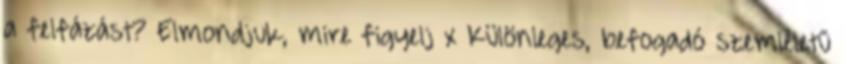
a felfázást? Elmondjuk, mire figyelj x Különleges, befogadó szemléletű